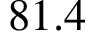
8 1 . 4